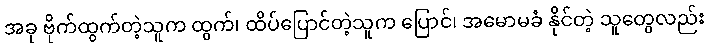
အခု ဗိုက်ထွက်တဲ့သူက ထွက်၊ ထိပ်ပြောင်တဲ့သူက ပြောင်၊ အမောမခံ နိုင်တဲ့ သူတွေလည်း